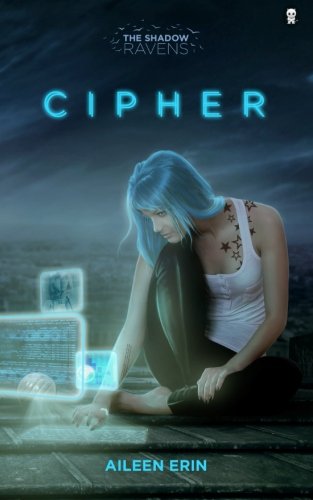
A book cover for Cipher (Shadow Ravens) (Volume 1); Aileen Erin; Science Fiction & Fantasy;